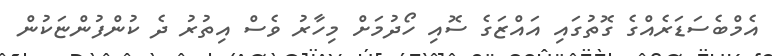
އެމްބެސަޑަރެއްގެ ގޮތުގައި އައްޒަގެ ސޮއި ހޯދުމަށް މިހާރު ވެސް އިތުރު ދެ ކުންފުންޏަކުން